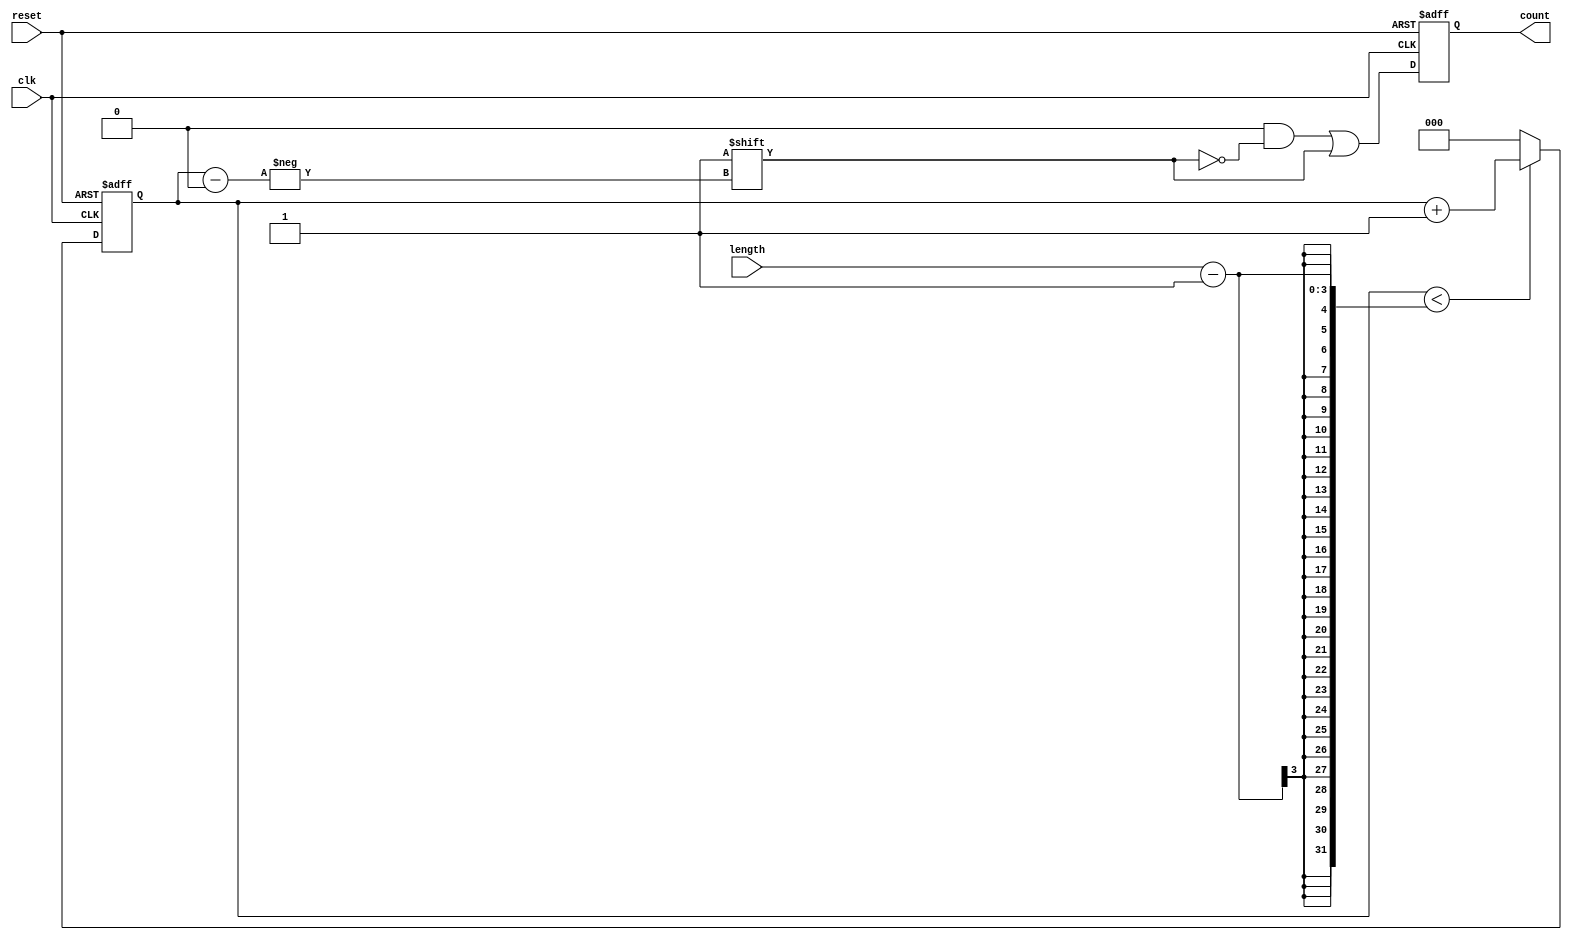
module variable_length_ring_counter #(
    parameter MAX_LENGTH = 8 // Maximum number of states
)(
    input wire clk,               // Clock input
    input wire reset,             // Asynchronous reset
    input wire [2:0] length,      // Desired length of the counter (0 < length <= MAX_LENGTH)
    output reg [MAX_LENGTH-1:0] count // Current state of the ring counter
);

    // Internal signal to track the current position of '1'
    reg [2:0] current_position;

    always @(posedge clk or posedge reset) begin
        if (reset) begin
            // On reset, initialize the counter
            count <= {MAX_LENGTH{1'b0}};
            count[0] <= 1'b1; // Set the first flip-flop to '1'
            current_position <= 0; // Start at the first position
        end else begin
            // Shift the '1' to the next position based on the current position
            if (current_position < length - 1) begin
                current_position <= current_position + 1;
            end else begin
                current_position <= 0; // Wrap around
            end
            
            // Update the count output
            count <= {MAX_LENGTH{1'b0}}; // Clear the count
            count[current_position] <= 1'b1; // Set the current position to '1'
        end
    end

endmodule